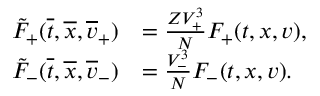
\begin{array} { r l } { \tilde { F } _ { + } ( \overline { t } , \overline { x } , \overline { v } _ { + } ) } & { = \frac { Z V _ { + } ^ { 3 } } { N } F _ { + } ( t , x , v ) , } \\ { \tilde { F } _ { - } ( \overline { t } , \overline { x } , \overline { v } _ { - } ) } & { = \frac { V _ { - } ^ { 3 } } { N } F _ { - } ( t , x , v ) . } \end{array}